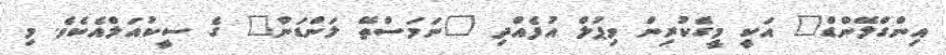
އިންގްލޭންޑް" އަކީ މީގެކުރިން ވިޕުލް އުފެއްދި "ނަމަސްތޭ ލަންޑަން" ގެ ސީކުއަލްއެކެވެ. މި